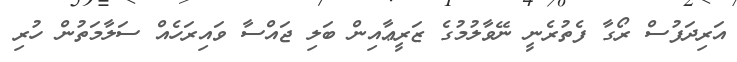
އަރިދަފުސް ރޯގާ ފެތުރެނީ ނޭވާލުމުގެ ޒަރީޢާއިން ބަލި ޖައްސާ ވައިރަހެއް ސަލާމަތުން ހުރި